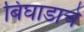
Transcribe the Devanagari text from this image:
बिघाडाचे